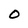
Character: O